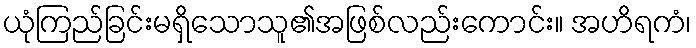
ယုံကြည်ခြင်းမရှိသောသူ၏အဖြစ်လည်းကောင်း။ အဟိရကံ၊